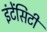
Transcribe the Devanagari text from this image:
इंटेंसिटी